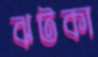
ঝটকা